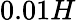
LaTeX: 0.01H